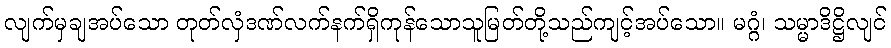
လျက်မှချအပ်သော တုတ်လှံဒဏ်လက်နက်ရှိကုန်သောသူမြတ်တို့သည်ကျင့်အပ်သော။ မဂ္ဂံ၊ သမ္မာဒိဋ္ဌိလျင်